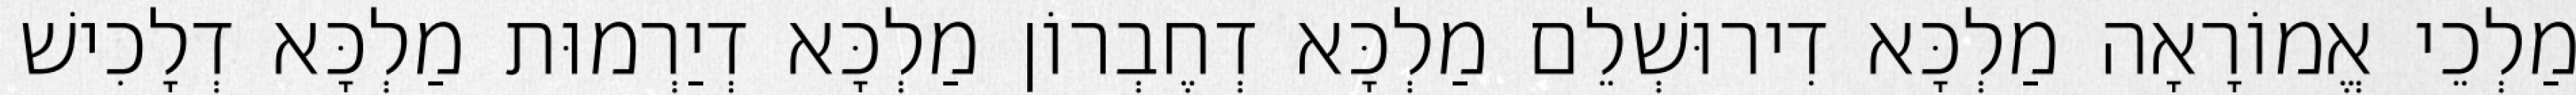
מַלְכֵי אֱמוֹרָאָה מַלְכָּא דִירוּשְׁלֵם מַלְכָּא דְחֶבְרוֹן מַלְכָּא דְיַרְמוּת מַלְכָּא דְלָכִישׁ